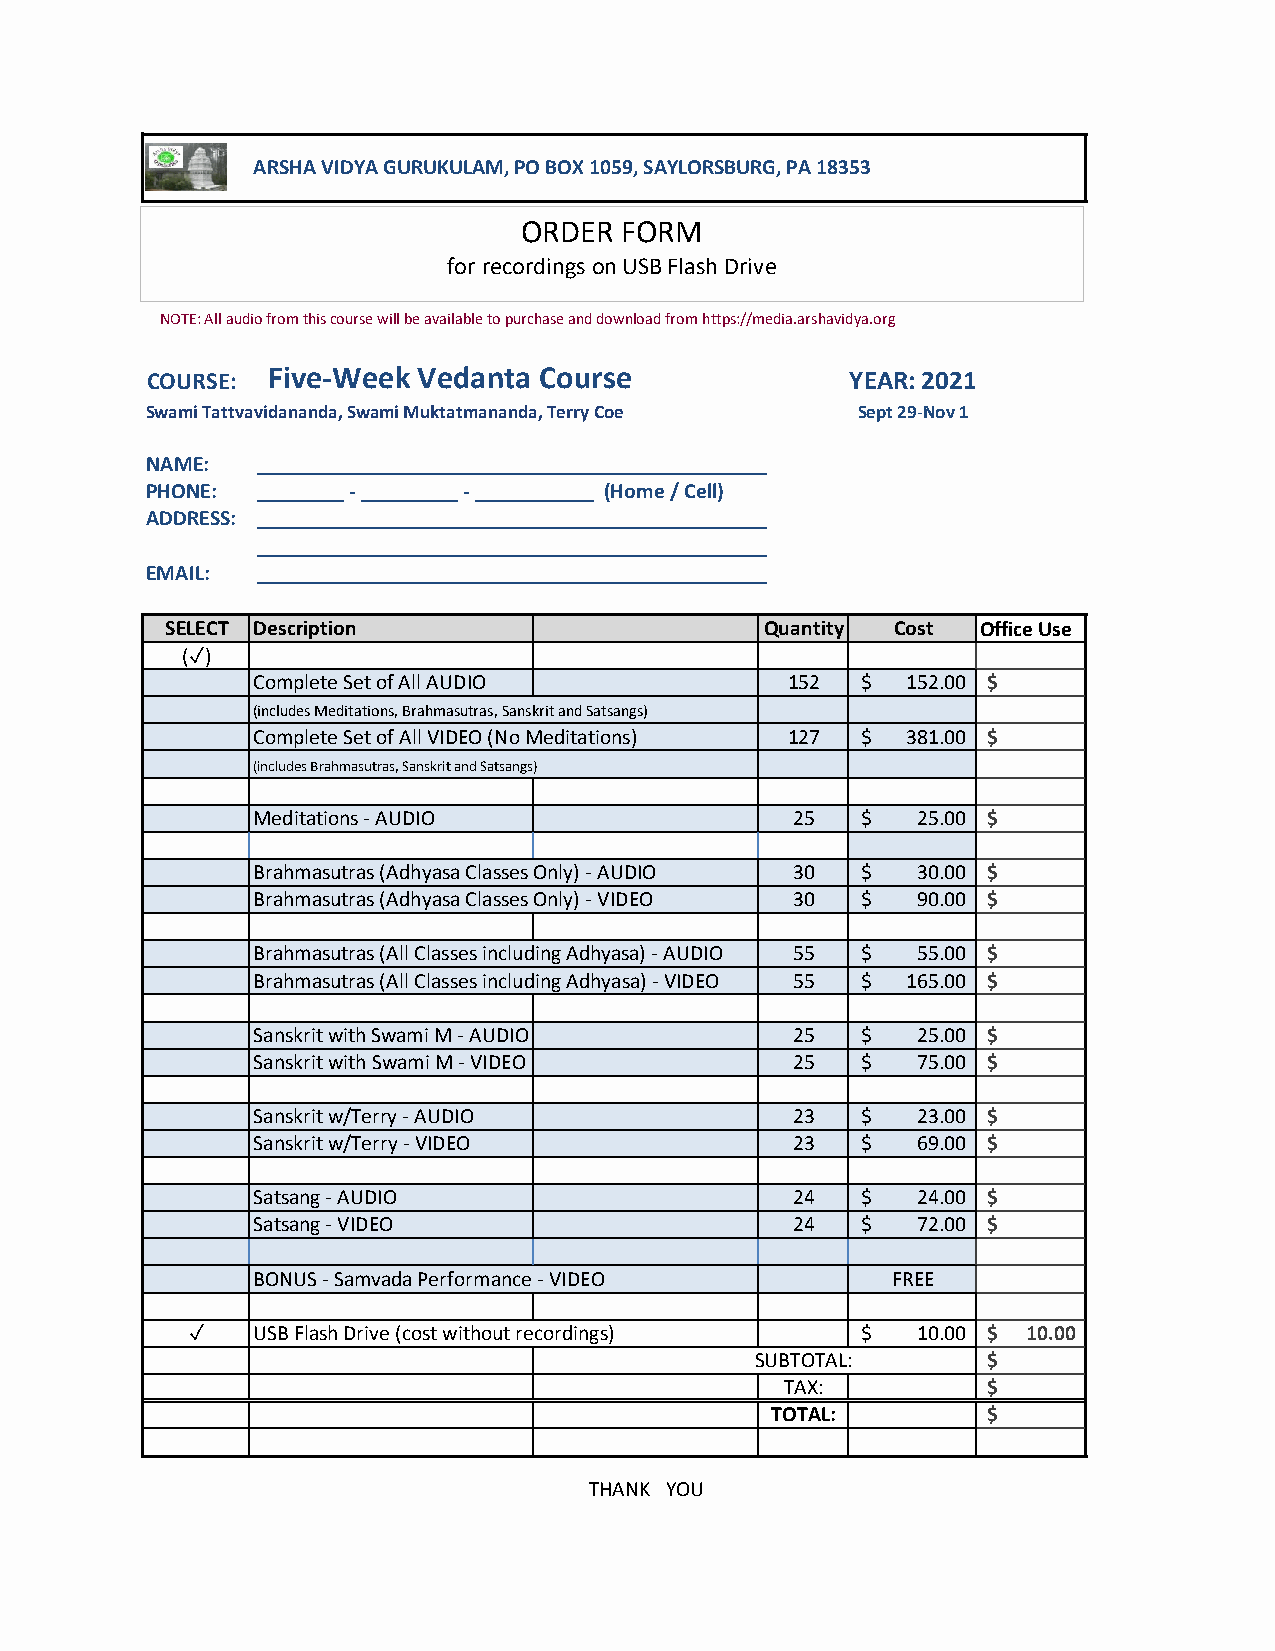
ARSHA VIDYA GURUKULAM, PO BOX 1059, SAYLORSBURG, PA 18353
 ORDER FORM
 for recordingson USB Flash Drive
 NOTE: All audio from this course will be available to purchase and download from https://media.arshavidya.org
 COURSE: Five-Week Vedanta Course              YEAR: 2021
 Swami Tattvavidananda, Swami Muktatmananda, Terry Coe Sept 29-Nov 1
 NAME:  _______________________________________________
 PHONE: ________ - _________ - ___________ (Home / Cell)
 ADDRESS: _______________________________________________
 _______________________________________________
 EMAIL: _______________________________________________
 SELECT Description                      Quantity Cost Office Use
 (✓)
 Complete Set of All AUDIO          152  $  1 52.00 $
 (includes Meditations, Brahmasutras, Sanskrit and Satsangs)
 Complete Set of All VIDEO (No Meditations) 127 $ 3 81.00 $
 (includes Brahmasutras, Sanskrit and Satsangs)
 Meditations - AUDIO                 25  $   2 5.00 $
 Brahmasutras (Adhyasa Classes Only) - AUDIO 30 $ 3 0.00 $
 Brahmasutras (Adhyasa Classes Only) - VIDEO 30 $ 9 0.00 $
 Brahmasutras (All Classes including Adhyasa) - AUDIO 55 $ 5 5.00 $
 Brahmasutras (All Classes including Adhyasa) - VIDEO 55 $ 1 65.00 $
 Sanskrit with Swami M - AUDIO       25  $   2 5.00 $
 Sanskrit with Swami M - VIDEO       25  $   7 5.00 $
 Sanskrit w/Terry - AUDIO            23  $   2 3.00 $
 Sanskrit w/Terry - VIDEO            23  $   6 9.00 $
 Satsang - AUDIO                     24  $   2 4.00 $
 Satsang - VIDEO                     24  $   7 2.00 $
 BONUS - Samvada Performance - VIDEO       FREE
 ✓    USB Flash Drive (cost without recordings) $ 1 0.00 $ 10.00
 SUBTOTAL:      $
 TAX:         $
 TOTAL:        $
 THANK YOU